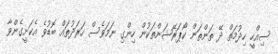
ސިއްހީ ހިދުމަތް ދޭ ތަންތަން ކޯޕަރޭޝަންތަކުން ހިންގި ނަމަވެސް ހަރަދުތައް ބޮޑުވެ އެކަށީގެންވާ